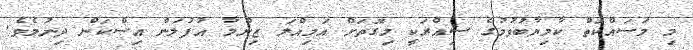
މި މަސައްކަތް ކާމިޔާބުވުމުގެ ސިއްރަކީ މިގޮތަށް އަމިއްލަ ޒިންމާ އުފުލަން އިސްކަން ދިނުމެވެ.